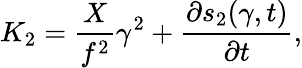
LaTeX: K_{2}=\frac{X}{f^{2}}\gamma^{2}+\frac{\partial s_{2}(\gamma,t)}{\partial t},